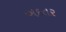
બદતર